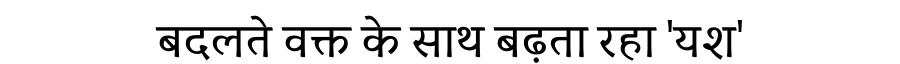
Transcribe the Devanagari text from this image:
बदलते वक्त के साथ बढ़ता रहा 'यश'